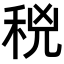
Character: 𥞝